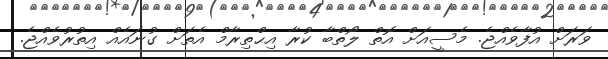
ވަރަށް އުފާވެއްޖެ. މެސީއަށް އޮތް ލޯތްބާ ކުރާ އިޙްތިރާމް އެތަށް ގުނައެއް އިތުރުވެއްޖެ.